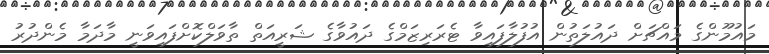
މައުމޫންގެ މައްޗަށް ދައުލަތުން އުފުލާފައިވާ ޓެރަރިޒަމްގެ ދައުވާގެ ޝަރީއަތް ތާވަލްކޮށްފައިވަނީ މާދަމާ މެންދުރު